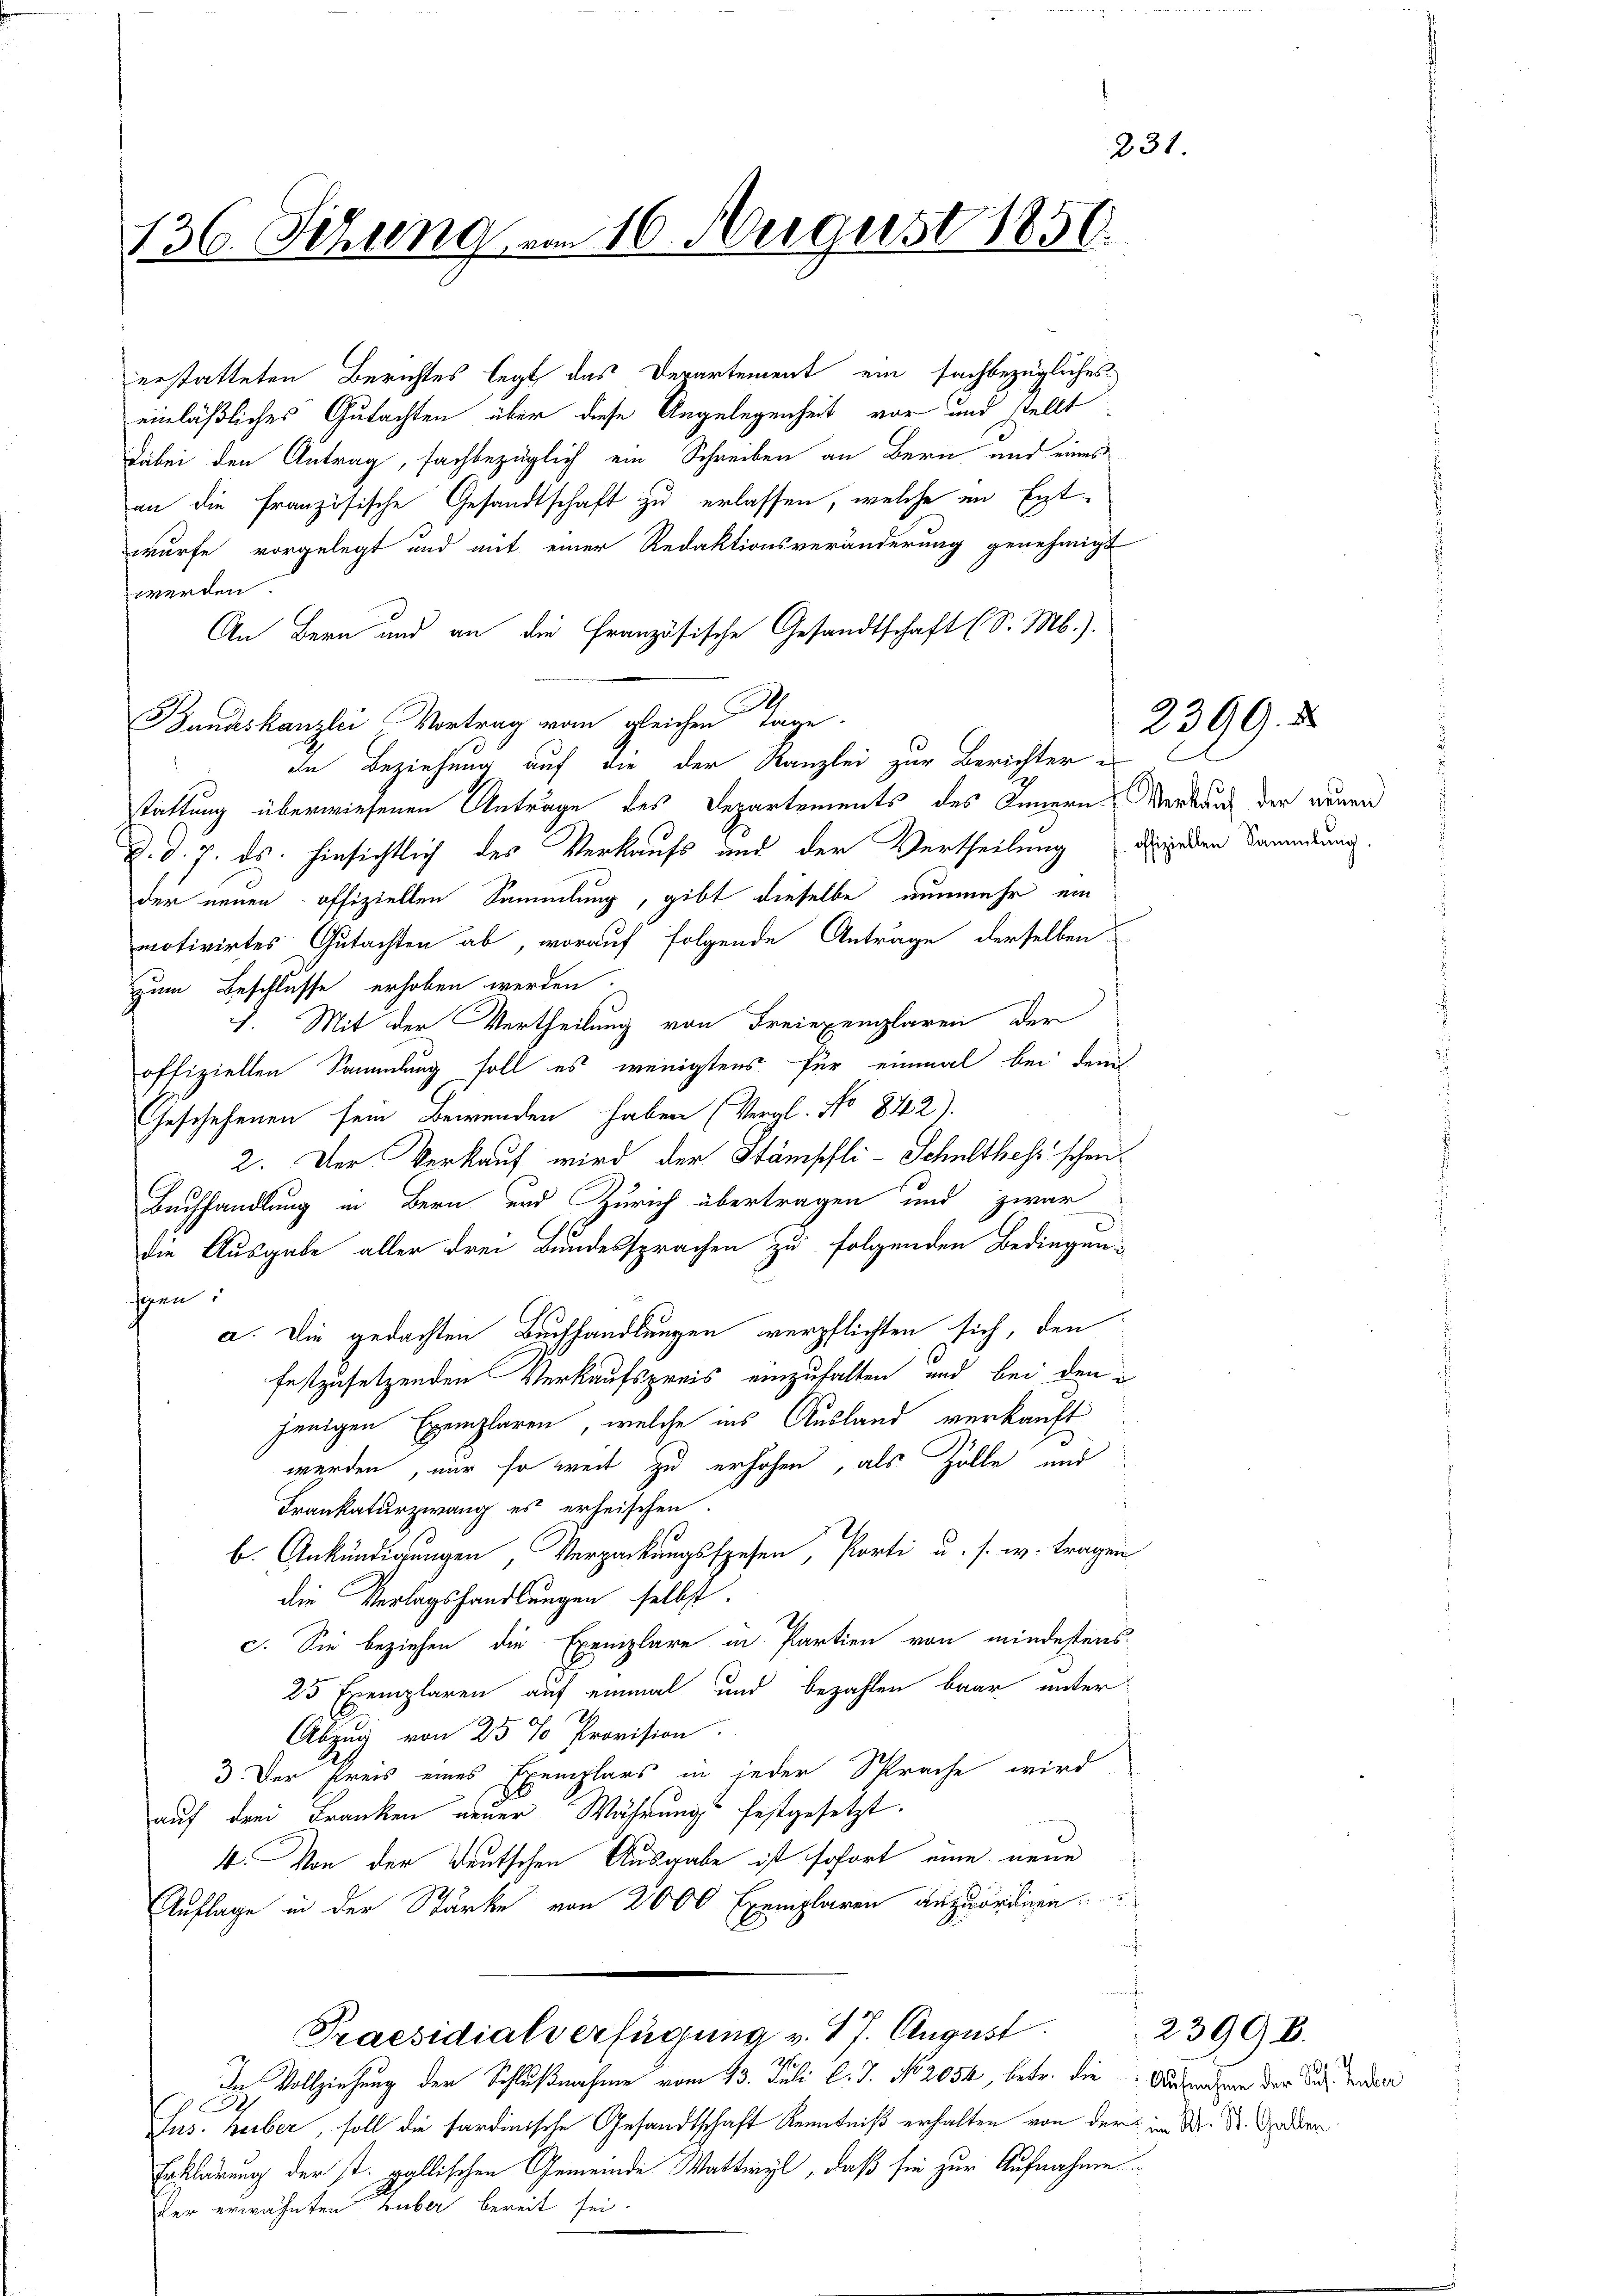
231
136. Sitzung vom 16. August 1850.

erstatteten Berichtes legt das Departement ein sachbezügliches
einläßliches Gutachten über diese Angelegenheit vor und stellt
Dabei den Antrag, sachbezüglich ein Schreiben an Bern und eines
an die französische Gesandtschaft zu erlassen, welche in Entwurfe vorgelegt und mit einer Redaktionsveränderung genehmigt
werden.
An Bern und an die Französische Gesandtschaft (S. Mb.).
.
Bandeskanzlei Vortrag vom gleichen Tage.
In Beziehung auf die der Kanzlei zur Berichter
stattung überwiesenen Anträge des Departements des Innern Verkauf der neuen
d. d. 7. ds. hinsichtlich des Verkaufs und der Vertheilung dingeden Bandlung.
der neuen offiziellen Sammlung, gibt dieselbe nunmehr ein
motivirtes Gutachten ab, worauf folgende Anträge derselben
zum Beschlüsse erhoben werden.
1. Mit der Vertheilung von Freiepenglaren der
offiziellen Sammlung soll es wenigstens für einmal bei dem
Geschehenen sein Bewenden haben (Vergl. No 842).
2. Der Verkauf wird der Stämpfli-Schulthefs schen¬
Buchhandlung in Bern und Zürich übertragen und zwar
die Ausgabe aller drei Bundessprachen zu folgenden Bedingen-
schen
a. Die gedachten Buchhandlungen verpflichten sich, den
festzusetzenden Verkaufspreis einzuhalten, und bei den
jenigen Exemplaren, welche ins Ausland verkauft
werden, nur so weit zu erhöhen, als Zolle und
Frankaturzwang es erheischen.
b. Ankündigungen Verpackungsspesen, Porti u. s. w. tragen
die Verlagshandlungen selbst.
c. Sie beziehen die Exemplare in Partien von mindestens
25 Exemplaren auf einmal und bezahlen baar unter
Abzug von 25 % Provision.
3) Der Preis eines Exemplars in jeder Sprache wird
auf drei Franken neuer Währungs festgesetzt.
4. Von der Teutschen Ausgabe ist sofort eine neue
Auflage in der Stärke von 2000 Exemplaren anzuordnen.
Praesidialverfügung v. 17. August.
de Vollziehung der Schlußnahme vom 13. Juli l. J. No. 2054, betr. die Ausnahmen der das Zede
D
Jus. Heiber, soll die sardinische Gesandtschaft Kenntniß erhalten von der im M. D. M. den
Erklärung der st. gallischen Gemeinde Wattwyl, daß sie zur Aufnahme
der erwähnten Huber bereit sei.

2399. 5

2399 B.